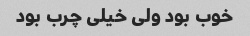
خوب بود ولی خیلی چرب بود